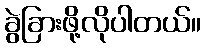
ခွဲခြားဖို့လိုပါတယ်။